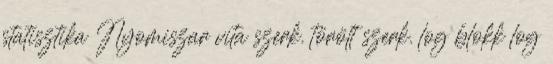
statisztika ‎Nyomiszar vita szerk. törölt szerk. log blokk log